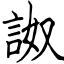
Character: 詉